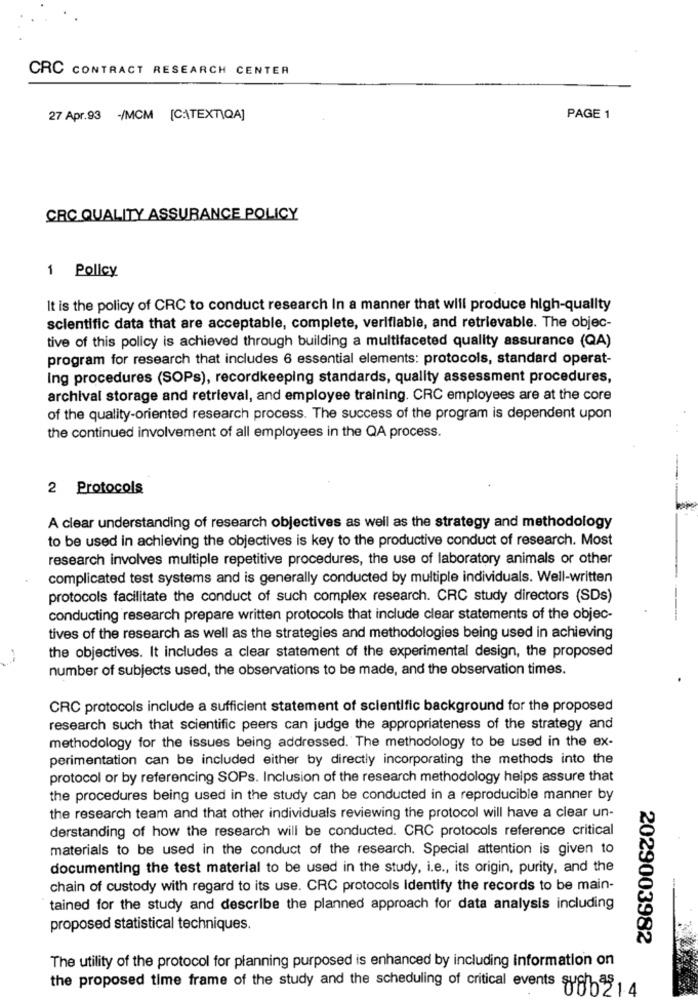
CRC CONTRACT RESEARCH CENTER
27 Apr.93 -/MCM [CATEXT)QA]
PAGE 1
CRC QUALITY ASSURANCE POLICY
1 Policy
It is the policy of CRC to conduct research In a manner that will produce high-quality
scientific data that are acceptable, complete, verifiable, and retrievable. The objec-
tive of this policy is achieved through building a multifaceted quality assurance (QA)
program for research that includes 6 essential elements: protocols, standard operat-
Ing procedures (SOPs), recordkeeping standards, quality assessment procedures,
archival storage and retrieval, and employee training. CRC employees are at the core
of the quality-oriented research process. The success of the program is dependent upon
the continued involvement of all employees in the QA process.
2 Protocols
A clear understanding of research objectives as well as the strategy and methodology
to be used in achieving the objectives is key to the productive conduct of research. Most
research involves multiple repetitive procedures, the use of laboratory animals or other
complicated test systems and is generally conducted by multiple individuals. Well-written
protocols facilitate the conduct of such complex research. CRC study directors (SDs)
conducting research prepare written protocols that include clear statements of the objec-
tives of the research as well as the strategies and methodologies being used in achieving
-
the objectives. It includes a clear statement of the experimental design, the proposed
number of subjects used, the observations to be made, and the observation times.
CRC protocols include a sufficient statement of scientific background for the proposed
research such that scientific peers can judge the appropriateness of the strategy and
methodology for the issues being addressed. The methodology to be used in the ex-
perimentation can be included either by directly incorporating the methods into the
protocol or by referencing SOPs. Inclusion of the research methodology helps assure that
the procedures being used in the study can be conducted in a reproducible manner by
the research team and that other individuals reviewing the protocol will have a clear un-
derstanding of how the research will be conducted. CRC protocols reference critical
materials to be used in the conduct of the research. Special attention is given to
documenting the test material to be used in the study, i.e ., its origin, purity, and the
chain of custody with regard to its use. CRC protocols Identify the records to be main-
tained for the study and describe the planned approach for data analysis including
proposed statistical techniques.
2029003982
The utility of the protocol for planning purposed is enhanced by including information on
the proposed time frame of the study and the scheduling of critical events su
080214